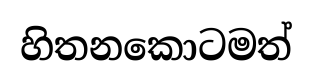
හිතනකොටමත්